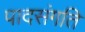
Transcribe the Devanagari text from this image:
पादसंगति